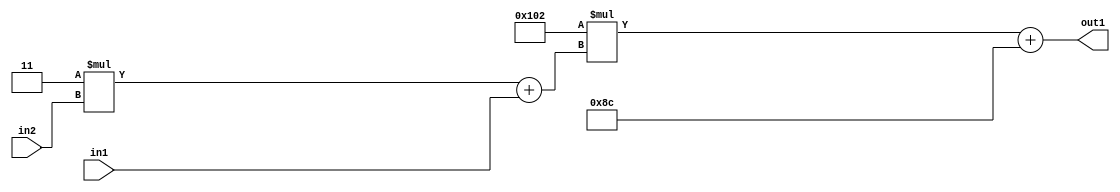
`timescale 1ps / 1ps
/*****************************************************************************
    Verilog RTL Description
    
    
    Created by: Stratus DpOpt 2019.1.01 
*******************************************************************************/

module DC_Filter_Add2i140Mul2i258Add2u1Mul2i3u2_1 (
	in2,
	in1,
	out1
	); /* architecture "behavioural" */ 
input [1:0] in2;
input  in1;
output [11:0] out1;
wire [11:0] asc001;
wire [3:0] asc002;

wire [3:0] asc002_tmp_0;
assign asc002_tmp_0 = 
	+(4'B0011 * in2);
assign asc002 = asc002_tmp_0
	+(in1);

wire [11:0] asc001_tmp_1;
assign asc001_tmp_1 = 
	+(12'B000100000010 * asc002);
assign asc001 = asc001_tmp_1
	+(12'B000010001100);

assign out1 = asc001;
endmodule

/* CADENCE  v7X2Tww= : u9/ySgnWtBlWxVPRXgAZ4Og= ** DO NOT EDIT THIS LINE ******/